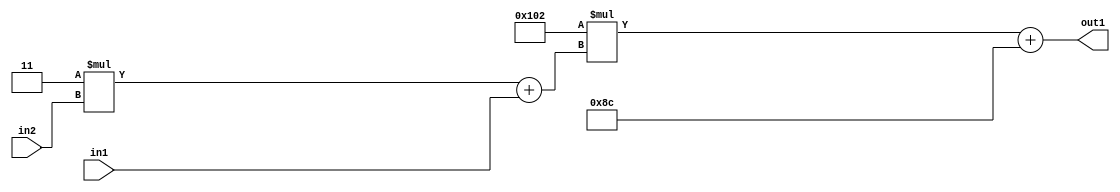
`timescale 1ps / 1ps
/*****************************************************************************
    Verilog RTL Description
    
    
    Created by: Stratus DpOpt 2019.1.01 
*******************************************************************************/

module DC_Filter_Add2i140Mul2i258Add2u1Mul2i3u2_1 (
	in2,
	in1,
	out1
	); /* architecture "behavioural" */ 
input [1:0] in2;
input  in1;
output [11:0] out1;
wire [11:0] asc001;
wire [3:0] asc002;

wire [3:0] asc002_tmp_0;
assign asc002_tmp_0 = 
	+(4'B0011 * in2);
assign asc002 = asc002_tmp_0
	+(in1);

wire [11:0] asc001_tmp_1;
assign asc001_tmp_1 = 
	+(12'B000100000010 * asc002);
assign asc001 = asc001_tmp_1
	+(12'B000010001100);

assign out1 = asc001;
endmodule

/* CADENCE  v7X2Tww= : u9/ySgnWtBlWxVPRXgAZ4Og= ** DO NOT EDIT THIS LINE ******/